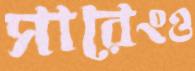
সারেংও